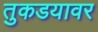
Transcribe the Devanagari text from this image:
तुकडयावर